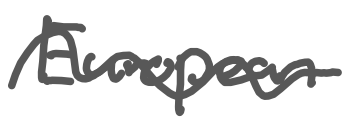
Text: European
Cross-out: wave
Writing tool: digital_gray